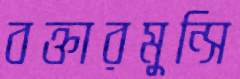
বক্তারমুন্সি